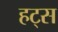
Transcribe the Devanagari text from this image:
हट्स